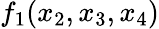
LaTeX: f_{1}(x_{2},x_{3},x_{4})